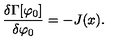
\frac { \delta \Gamma [ \varphi _ { 0 } ] } { \delta \varphi _ { 0 } } = - J ( x ) .